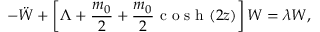
- \ddot { W } + \left[ \Lambda + \frac { m _ { 0 } } { 2 } + \frac { m _ { 0 } } { 2 } \textrm { c o s h } ( 2 z ) \right] W = \lambda W ,